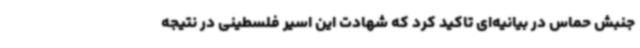
جنبش حماس در بیانیه‌ای تاکید کرد که شهادت این اسیر فلسطینی در نتیجه